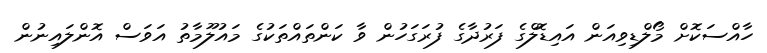
ހާއްސަކޮށް މޯލްޑިވިއަން އައިޑޮލްގެ ފަރުދާގެ ފުރަގަހުން ވާ ކަންތައްތަކުގެ މައުލޫމާތު އަވަސް އޮންލައިނުން